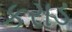
કરાડ